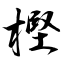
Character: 樫